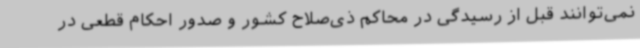
نمی‌توانند قبل از رسیدگی در محاکم ذی‌صلاح کشور و صدور احکام قطعی در